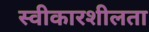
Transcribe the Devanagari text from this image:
स्वीकारशीलता